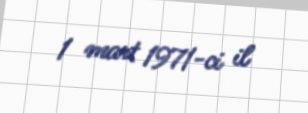
1 mart 1971-ci il